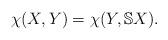
LaTeX: \begin{align*} \chi(X,Y)=\chi(Y,\mathbb{S}X).\end{align*}